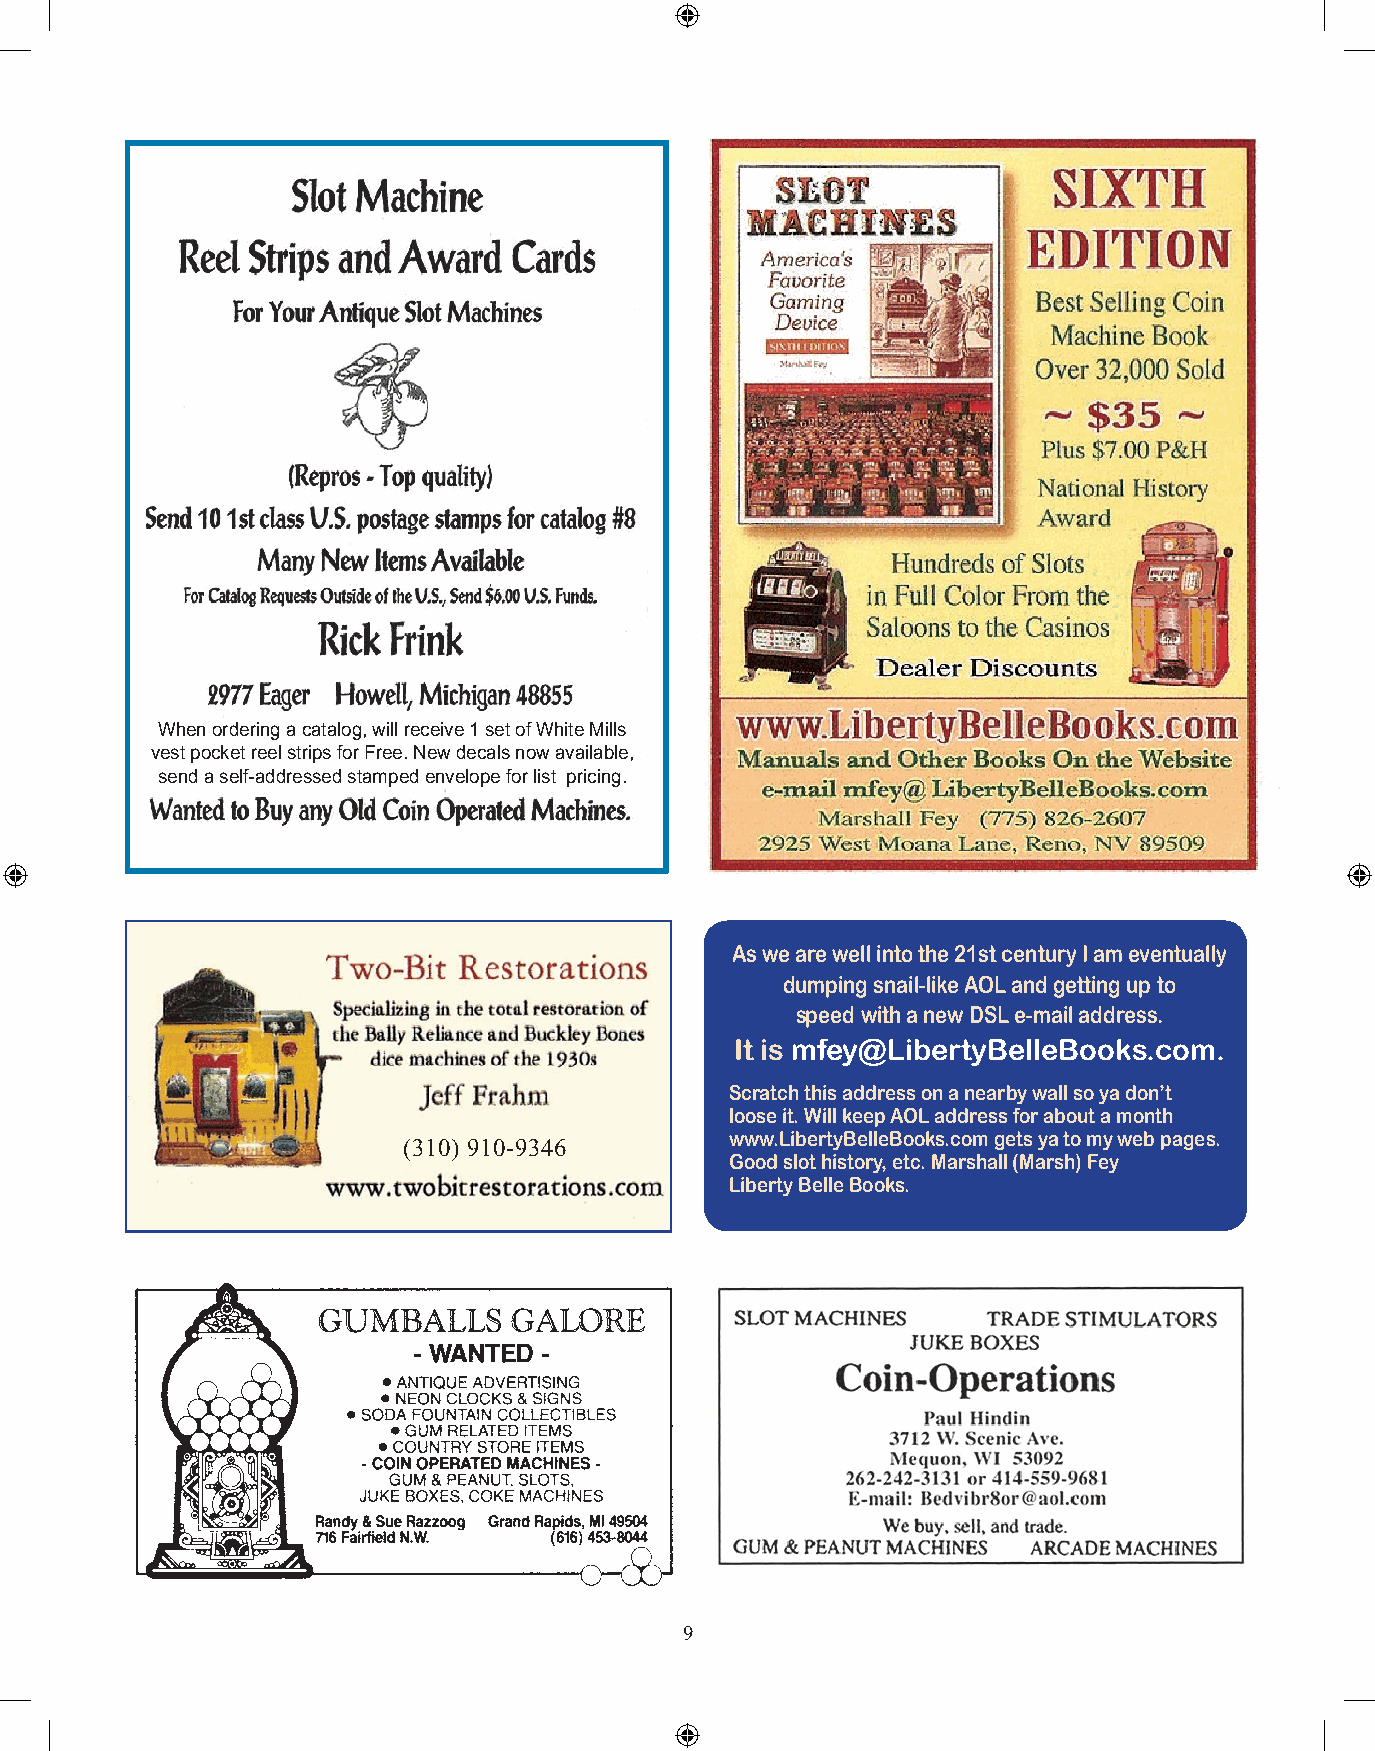
When ordering a catalog, will receive 1 set of White Mills
 vest pocket reel strips for Free. New decals now available,
 send a self-addressed stamped envelope for list pricing.
 As we are well into the 21st century I am eventually
 dumping snail-like AOL and getting up to
 speed with a new DSL e-mail address.
 It is mfey@LibertyBelleBooks.com.
 Scratch this address on a nearby wall so ya don’t
 loose it. Will keep AOL address for about a month
 www.LibertyBelleBooks.com gets ya to my web pages.
 (310) 910-9346
 Good slot history, etc. Marshall (Marsh) Fey
 Liberty Belle Books.
 9